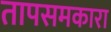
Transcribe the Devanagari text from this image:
तापसमकारा